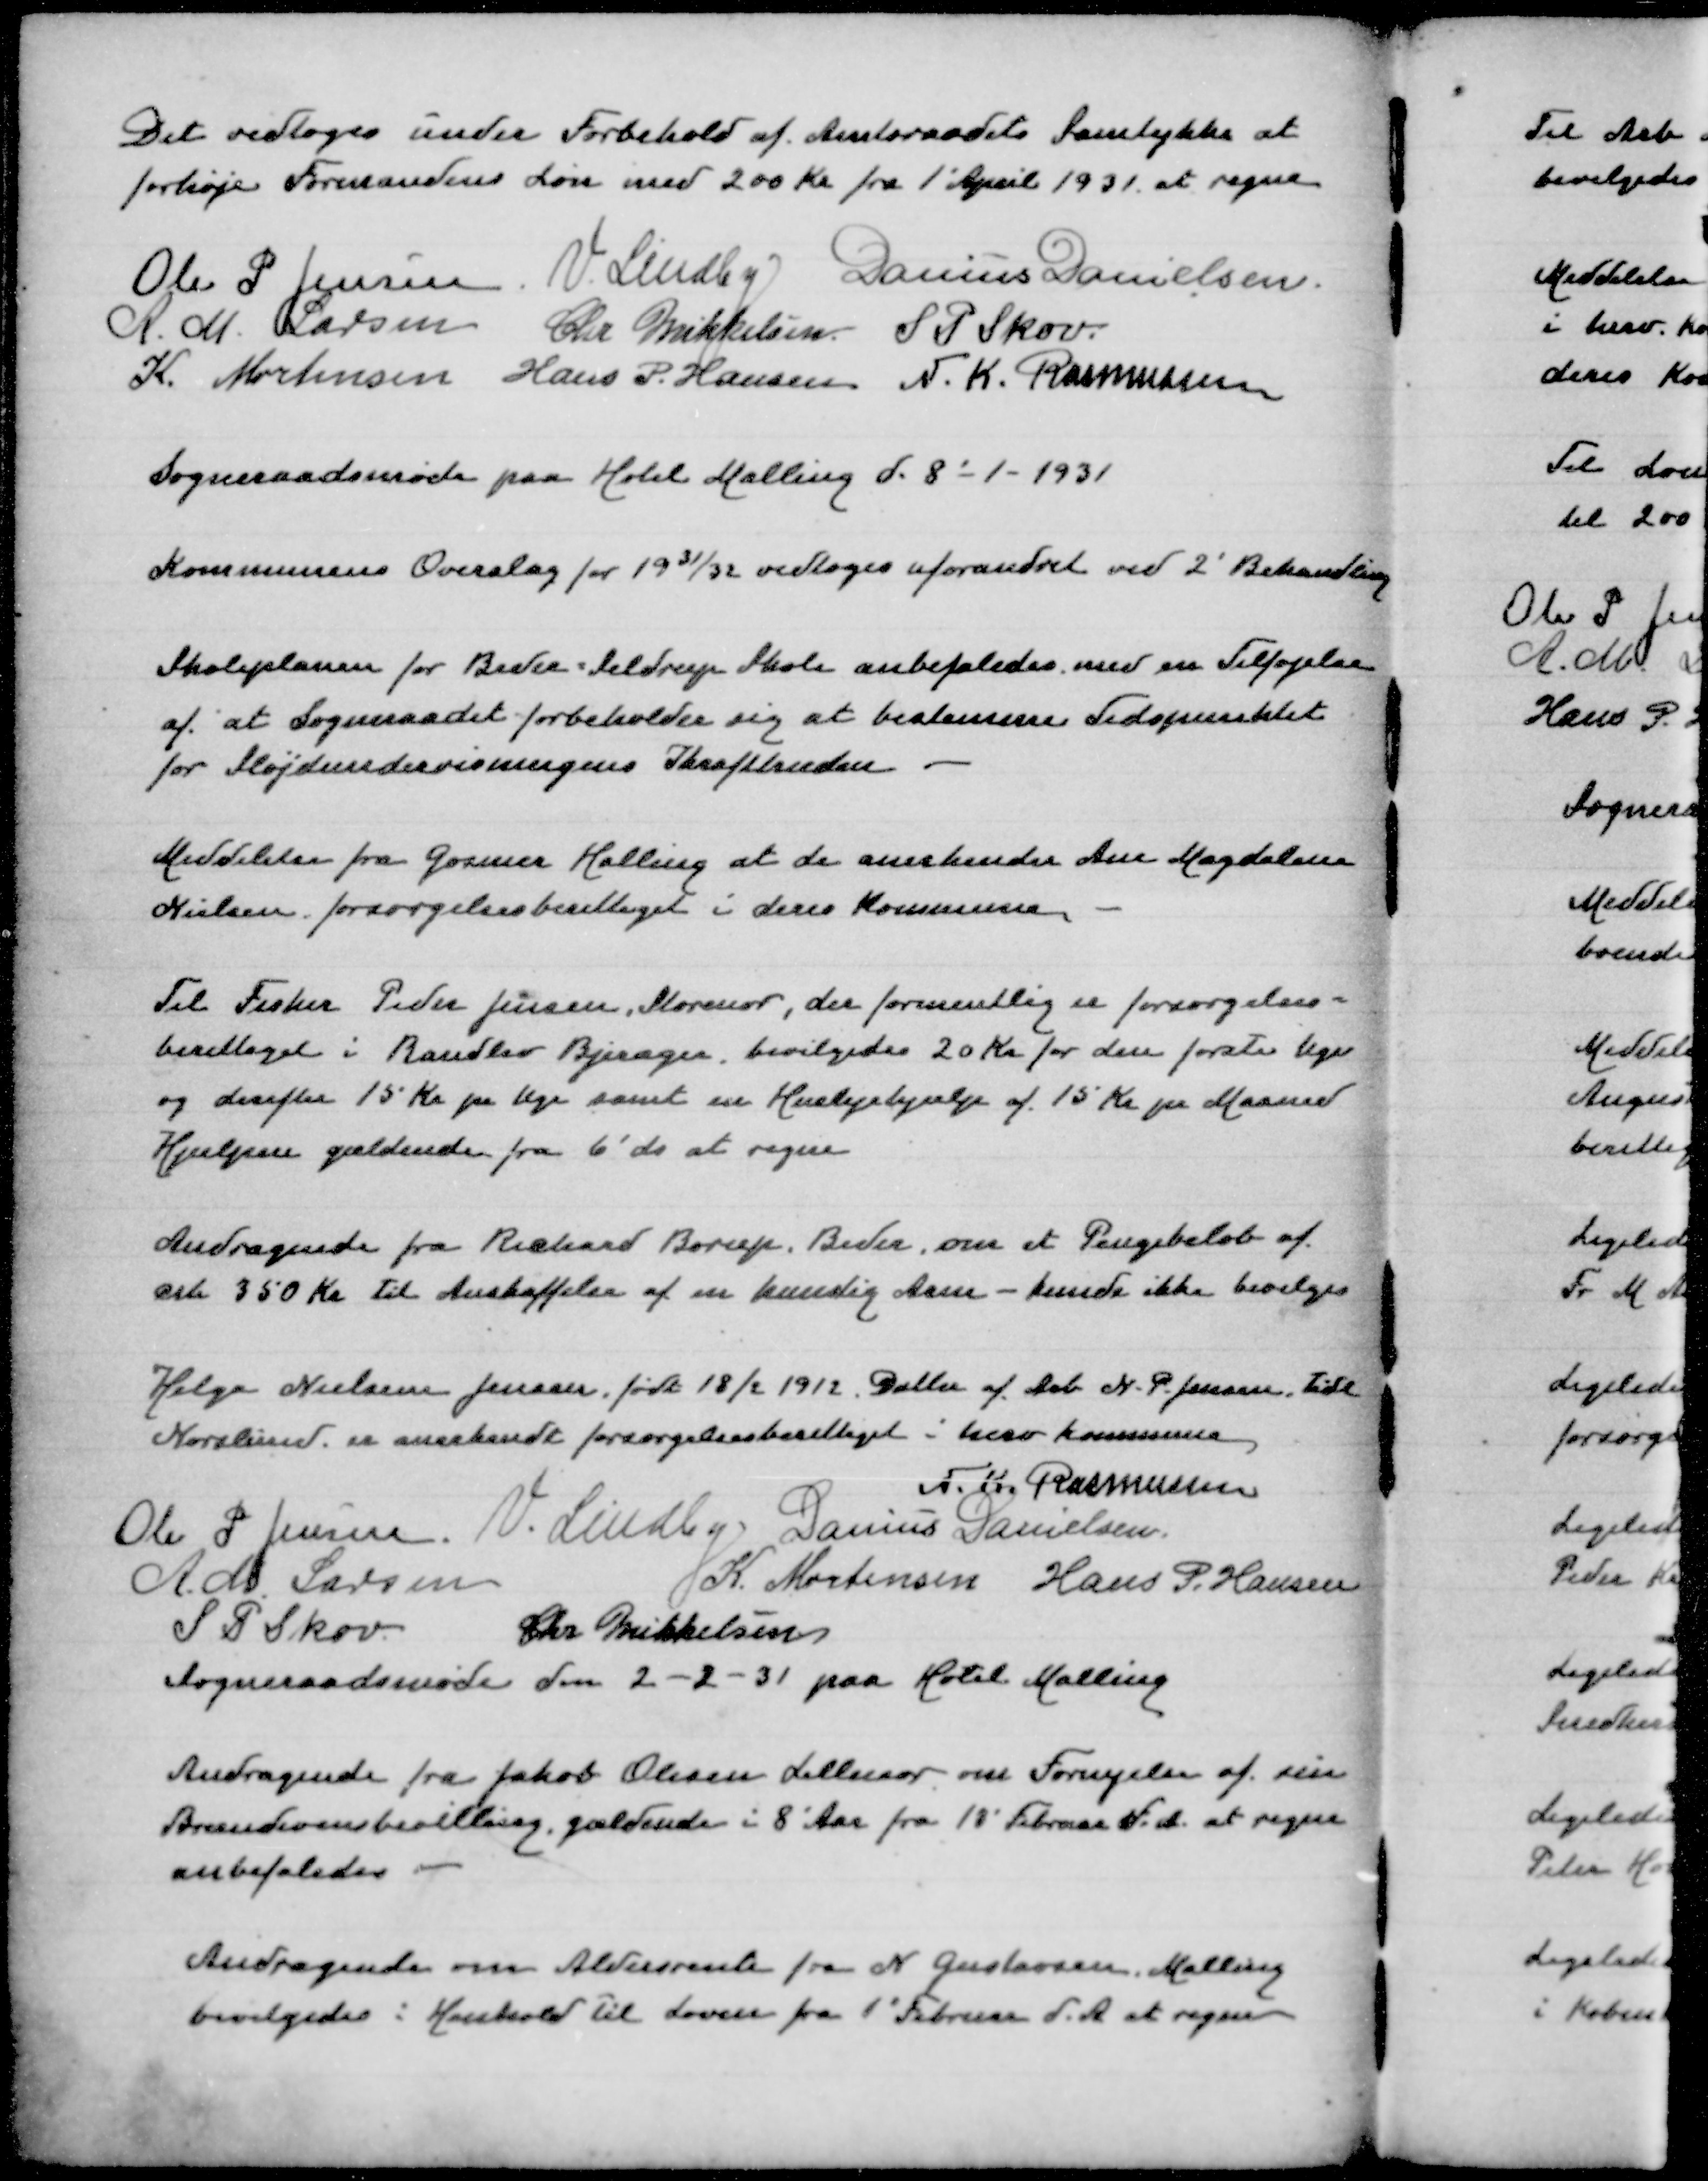
Transskription:
Det vedtoges under Forbehold af Amtsraadets Samtykke at
forhøje Formandens Løn med 200 Kr fra 1' April 1931 at regne
Ole P Jensen
V Lindby
Danius Danielsen
A M Larsen
Chr Mikkelsen
S P Skov
K Mortensen
Hans P Hansen
N K Rasmussen

Sogneraadsmøde paa Hotel Malling den 8-1-1931

Kommunens Overslag for 1931/32 vedtoges uforandret ved 2' Behandling

Skoleplanen for Beder-Seldrup Skole anbefaledes med en Tilføjelse
af at Sogneraadet forbeholder sig at bestemme Tidspunktet
for Sløjdundervisningens Ikrafttræden

Meddelelse fra Gosmer Halling at de anerkender Ane Magdalene
Nielsen forsørgelsesberettiget i deres Kommune

Til Fisker Peder Jensen, Storenor, der formentlig er forsørgelses=
berettiget i Randlev Bjerager bevilgedes 20 Kr for den første Uge
og derefter 15 Kr pr Uge samt en Huslejehjælp af 15 Kr pr Maaned
Hjælpen gældende fra 6' ds at regne

Andragendde fra Richard Borup, om et Pengebeløb af
crk 350 Kr til Anskaffelse af en kunstig Arm - kunde ikke bevilges

Helga Nielsen Jensen født 18/2 1912 Datter af Arb N P Jensen tidl
Norslund er anerkendt forsørgelsesberettiget i herv Kommune
N K Rasmussen
Ole P Jensen
V Lindby
Danius Danielsen
A M Larsen
K Mortensen
Hans P Hansen
S P Skov
Chr Mikkelsen
Sogneraadsmøde den 2-2-31 paa Hotel Malling

Andragende fra Jakob Olesen Lilenor om Fornyelse af sin
Brændevinsbevilling gældende i 8 Aar fra 18' Februar d A ar regne
anbefaledes

Andragende om Aldersrente fra N Gustavsen, Malling
bevilgedes i Henhold til Loven fra 1' Februar d A at regne